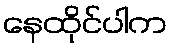
နေထိုင်ပါက